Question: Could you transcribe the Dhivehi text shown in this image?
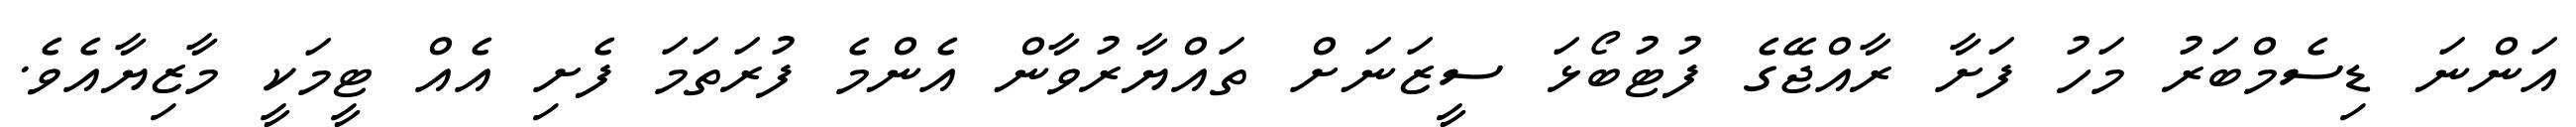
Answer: އަންނަ ޑިސެމްބަރު މަހު ފަށާ ރާއްޖޭގެ ފުޓުބޯޅަ ސީޒަނަށް ތައްޔާރުވާން އެންމެ ފުރަތަމަ ފެށި އެއް ޓީމަކީ މާޒިޔާއެވެ.